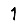
Digit: 1